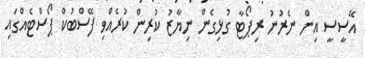
އޭސީސީ އިން ނެރުނު ރިޕޯޓާ ގުޅިގެން ނިޔާޒު ކުރިން ކުރެއްވި ފޭސްބުކް ޕޯސްޓެއްގައި